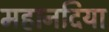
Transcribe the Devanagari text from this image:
महानदिया